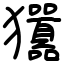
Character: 㺧